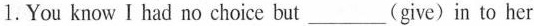
1.You knowIhad no choice but___(give)in to her